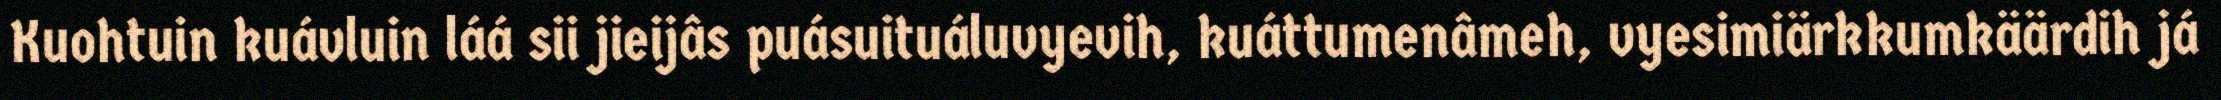
Kuohtuin kuávluin láá sii jieijâs puásuituáluvyevih, kuáttumenâmeh, vyesimiärkkumkäärdih já